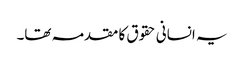
یہ انسانی حقوق کا مقدمہ تھا۔